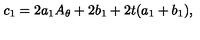
c _ { 1 } = 2 a _ { 1 } A _ { \theta } + 2 b _ { 1 } + 2 t ( a _ { 1 } + b _ { 1 } ) ,